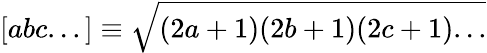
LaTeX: [abc...]\equiv\sqrt{(2a+1)(2b+1)(2c+1)...}